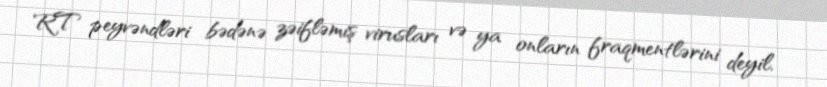
RT peyvəndləri bədənə zəifləmiş virusları və ya onların fraqmentlərini deyil,